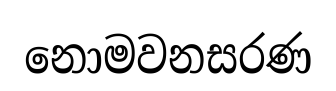
නොමවනසරණ